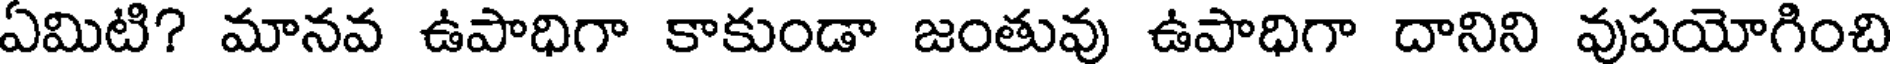
ఏమిటి? మానవ ఉపాధిగా కాకుండా జంతువు ఉపాధిగా దానిని వుపయోగించి